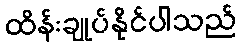
ထိန်းချုပ်နိုင်ပါသည်